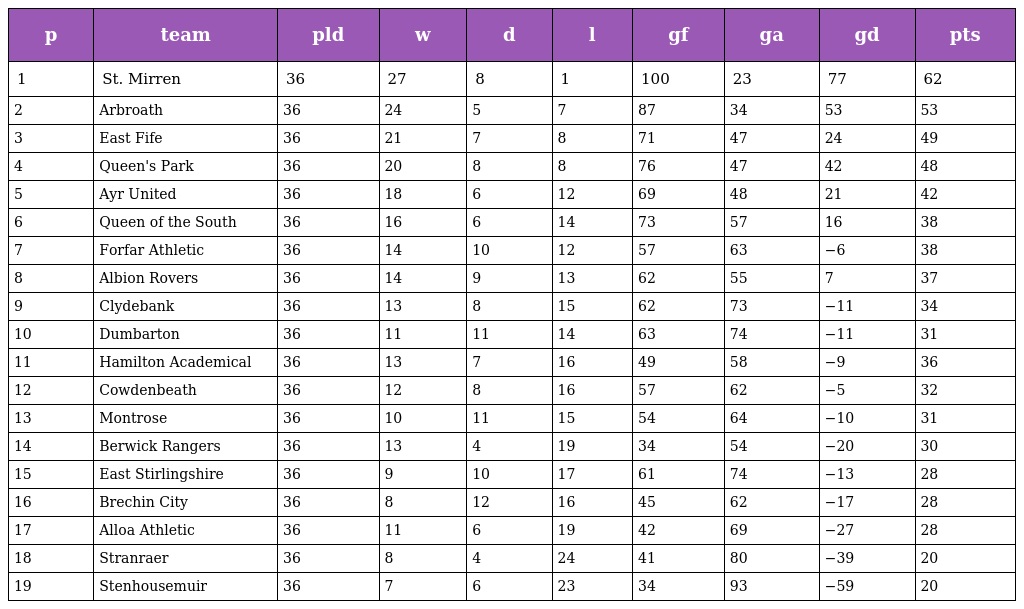
| p | team | pld | w | d | l | gf | ga | gd | pts |
 | --- | --- | --- | --- | --- | --- | --- | --- | --- | --- |
 | 1 | St. Mirren | 36 | 27 | 8 | 1 | 100 | 23 | 77 | 62 |
 | 2 | Arbroath | 36 | 24 | 5 | 7 | 87 | 34 | 53 | 53 |
 | 3 | East Fife | 36 | 21 | 7 | 8 | 71 | 47 | 24 | 49 |
 | 4 | Queen's Park | 36 | 20 | 8 | 8 | 76 | 47 | 42 | 48 |
 | 5 | Ayr United | 36 | 18 | 6 | 12 | 69 | 48 | 21 | 42 |
 | 6 | Queen of the South | 36 | 16 | 6 | 14 | 73 | 57 | 16 | 38 |
 | 7 | Forfar Athletic | 36 | 14 | 10 | 12 | 57 | 63 | −6 | 38 |
 | 8 | Albion Rovers | 36 | 14 | 9 | 13 | 62 | 55 | 7 | 37 |
 | 9 | Clydebank | 36 | 13 | 8 | 15 | 62 | 73 | −11 | 34 |
 | 10 | Dumbarton | 36 | 11 | 11 | 14 | 63 | 74 | −11 | 31 |
 | 11 | Hamilton Academical | 36 | 13 | 7 | 16 | 49 | 58 | −9 | 36 |
 | 12 | Cowdenbeath | 36 | 12 | 8 | 16 | 57 | 62 | −5 | 32 |
 | 13 | Montrose | 36 | 10 | 11 | 15 | 54 | 64 | −10 | 31 |
 | 14 | Berwick Rangers | 36 | 13 | 4 | 19 | 34 | 54 | −20 | 30 |
 | 15 | East Stirlingshire | 36 | 9 | 10 | 17 | 61 | 74 | −13 | 28 |
 | 16 | Brechin City | 36 | 8 | 12 | 16 | 45 | 62 | −17 | 28 |
 | 17 | Alloa Athletic | 36 | 11 | 6 | 19 | 42 | 69 | −27 | 28 |
 | 18 | Stranraer | 36 | 8 | 4 | 24 | 41 | 80 | −39 | 20 |
 | 19 | Stenhousemuir | 36 | 7 | 6 | 23 | 34 | 93 | −59 | 20 |